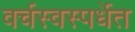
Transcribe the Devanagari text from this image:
वर्चस्वस्पर्धेत